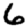
Digit: 6